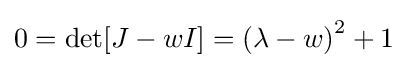
0=\det[J-wI]=\left(\lambda -w\right)^{2}+1